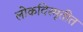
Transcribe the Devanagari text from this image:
लोकविस्मृतीत